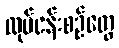
လုပ်ငန်းစဉ်တွေ